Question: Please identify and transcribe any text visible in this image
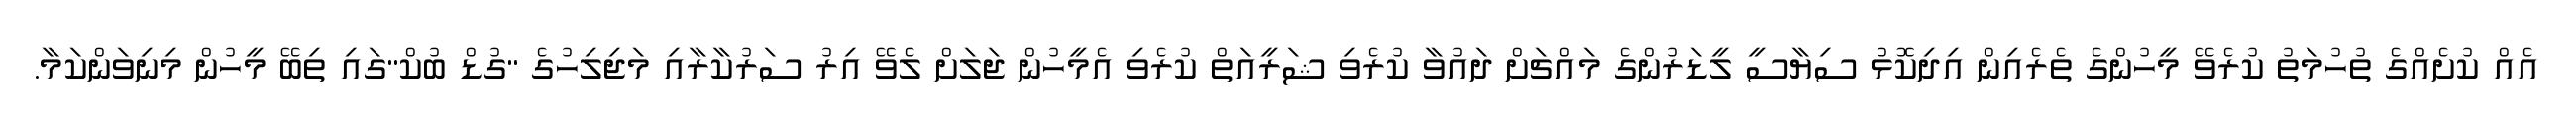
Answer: އެއް ކުށެއްގެ ތުހުމަތު ކުރެވޭ މީހުންގެ ތެރެއިން އިދިކޮޅު ސިޔާސީ ލީޑަރުންގެ މައްޗަށް ދައުވާ ކުރެވި ޝަރީއަތް ކުރެވި އެމީހުން ޖަލަށް ލެވޭ އިރު ސަރުކާރާއި މަޖިލިހުގެ "ގުޑް ބުކް"ގައި ތިބޭ މީހުން މިނިވަންކަމާ.